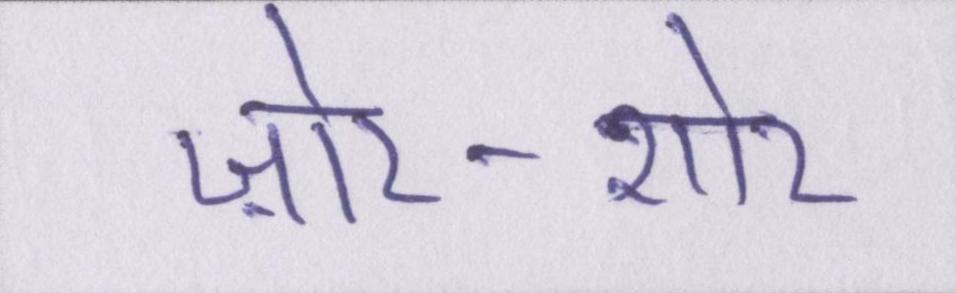
ज़ोर-शोर